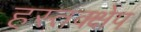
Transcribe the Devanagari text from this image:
हस्तक्क्षेप